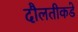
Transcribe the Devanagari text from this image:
दौलतीकडे